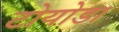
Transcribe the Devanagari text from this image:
टोयोडा